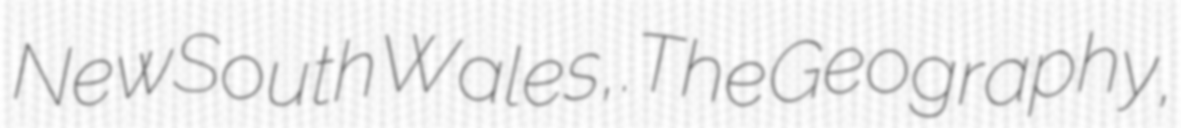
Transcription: New South Wales,.The Geography,